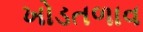
ખોડતળાવ